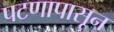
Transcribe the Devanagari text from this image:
पटणापासून